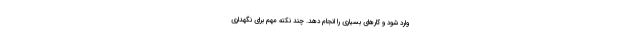
وارد شود و کارهای بسیاری را انجام دهد. چند نکته مهم برای نگهداری